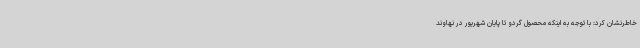
خاطرنشان کرد: با توجه به اینکه محصول گردو تا پایان شهریور در نهاوند